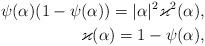
LaTeX: \begin{align*}\psi(\alpha)(1-\psi(\alpha))=|\alpha|^2\varkappa^2(\alpha),\\\varkappa(\alpha)=1-\psi(\alpha),\end{align*}